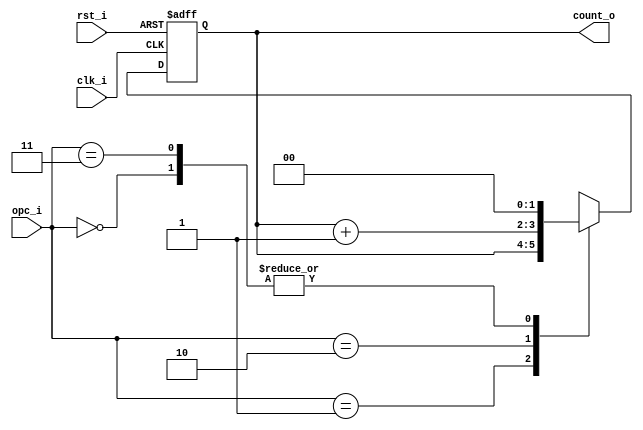
// Name: counter_volts.v
//
// Description: 

module counter_row (
  input        rst_i,
  input        clk_i,
  input  [1:0] opc_i,
  output [1:0] count_o
);

  reg [1:0] mux_d, reg_q;

  always @(opc_i, reg_q) begin
    case (opc_i)
      2'b00   : mux_d = 0;
      2'b01   : mux_d = reg_q;
      2'b10   : mux_d = reg_q + 1;	  
      2'b11   : mux_d = 0;
      default : mux_d = 0;
    endcase
  end
  
  always @(posedge clk_i, posedge rst_i) begin
    if (rst_i)
      reg_q <= 0;
    else
      reg_q <= mux_d;
  end

  assign count_o = reg_q;
  
endmodule